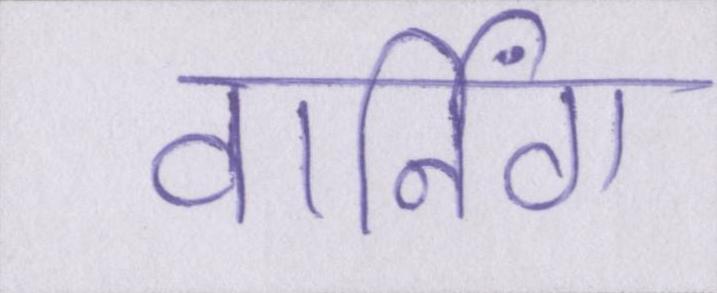
वार्निंग